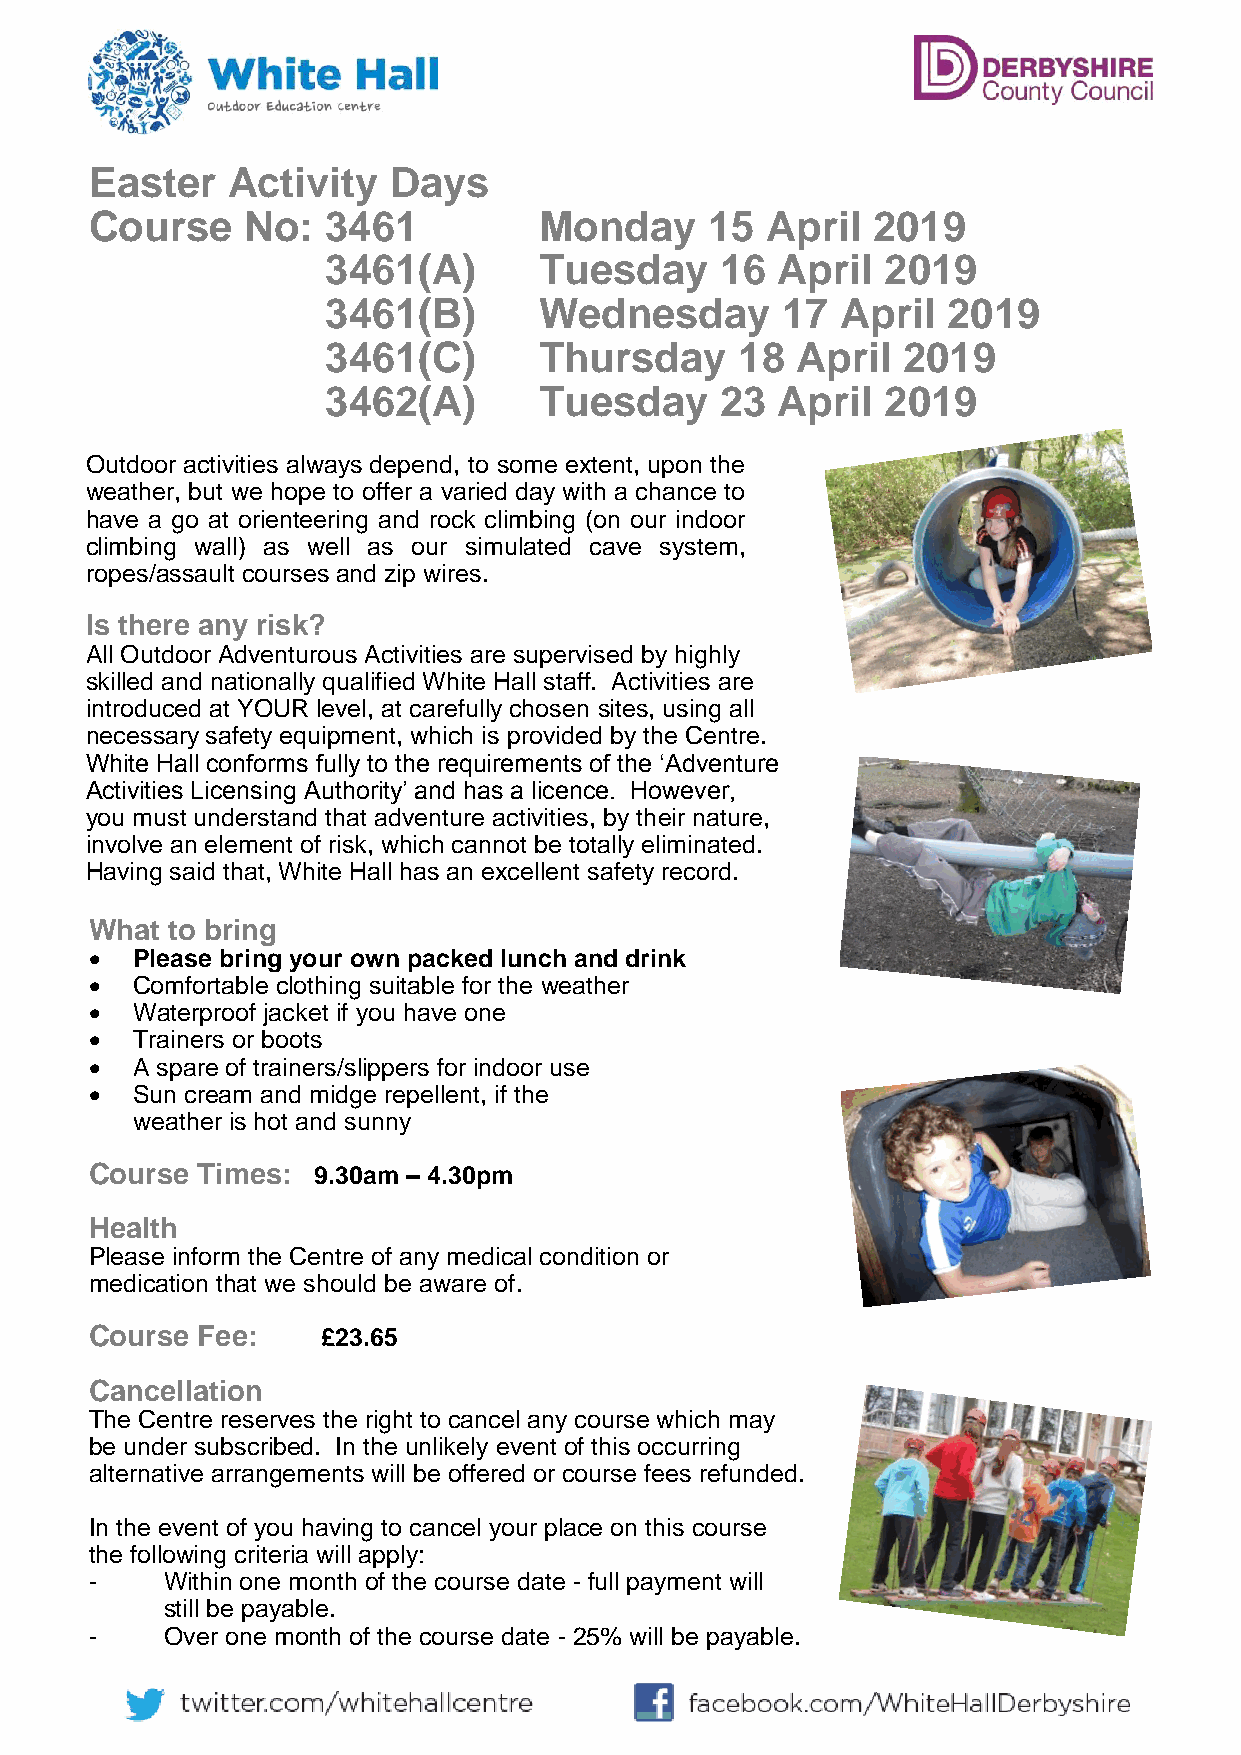
Easter   Activity   Days
 Course    No:   3461          Monday     15  April  2019
 3461(A)       Tuesday     16 April   2019
 3461(B)       Wednesday       17  April  2019
 3461(C)       Thursday     18  April  2019
 3462(A)       Tuesday     23 April   2019
 O utdoor activities always depend, to some extent, upon the
 w eather, but we hope to offer a varied day with a chance to
 have a go at oriente ering and rock climbing (on our indoor
 climbing wall) as well as our simulated cave system,
 ropes/assault courses and zip wires.
 I s there any risk?
 A ll Outdoor Adventurous Activities are supervised by highly
 s killed and nationally qualified White Hall staff. Activities are
 i ntroduced at YOUR level, at carefully chosen sites, using all
 n ecessary safety equipment, which is provided by the Centre.
 W hite Hall conforms fully to the requirements of the ‘Adventure
 Activities Licensing Authority’ and has a licence. However,
 you must understand that adventure activities, by their nature,
 involve an element of risk, which cannot be totally eliminated.
 Having said that, White Hall has an excellent safety record.
 What to bring
   Please bring your own packed lunch and drink
   Comfortable clothing suitable for the weather
   Waterproof jacket if you have one
   Trainers or boots
   A spare of trainers/slippers for indoor use
   Sun cream and midge repellent, if the
 weather is hot and sunny
 Course Times:  9.30am – 4.30pm
 Health
 Please inform the Centre of any medical condition or
 medication that we should be aware of.
 Course Fee:    £23.65
 Cancellation
 The Centre reserves the right to cancel any course which may
 be under subscribed. In the unlikely event of this occurring
 alternative arrangements will be offered or course fees refunded.
 In the event of you having to cancel your place on this course
 the following criteria will apply:
 -    Within one month of the course date - full payment will
 still be payable.
 -    Over one month of the course date - 25% will be payable.